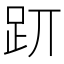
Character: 𧿄